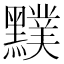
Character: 𪒢